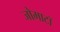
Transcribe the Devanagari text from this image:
जोमाटॉ